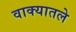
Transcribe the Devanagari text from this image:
वाक्यातले